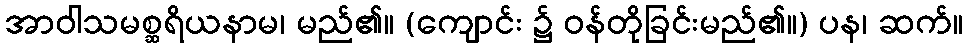
အာဝါသမစ္ဆရိယနာမ၊ မည်၏။ (ကျောင်း ၌ ဝန်တိုခြင်းမည်၏။) ပန၊ ဆက်။